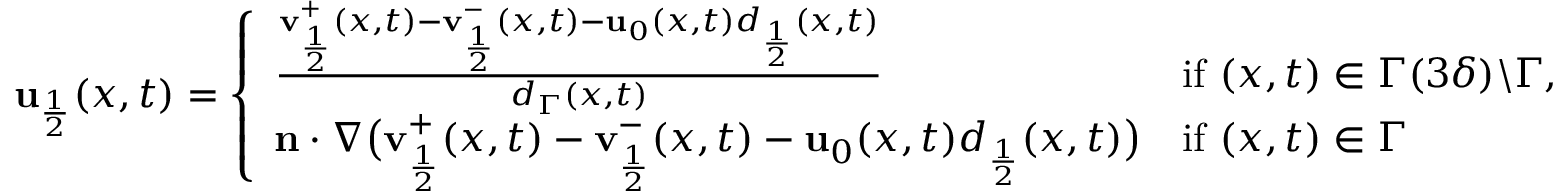
\begin{array} { r } { \mathbf { u } _ { \frac { 1 } { 2 } } ( x , t ) = \left\{ \begin{array} { l l } { \frac { \mathbf { v } _ { \frac { 1 } { 2 } } ^ { + } ( x , t ) - \mathbf { v } _ { \frac { 1 } { 2 } } ^ { - } ( x , t ) - \mathbf { u } _ { 0 } ( x , t ) d _ { \frac { 1 } { 2 } } ( x , t ) } { d _ { \Gamma } ( x , t ) } } & { \mathrm { i f ~ } ( x , t ) \in \Gamma ( 3 \delta ) \backslash \Gamma , } \\ { \mathbf { n } \cdot \nabla \big ( \mathbf { v } _ { \frac { 1 } { 2 } } ^ { + } ( x , t ) - \mathbf { v } _ { \frac { 1 } { 2 } } ^ { - } ( x , t ) - \mathbf { u } _ { 0 } ( x , t ) d _ { \frac { 1 } { 2 } } ( x , t ) \big ) } & { \mathrm { i f ~ } ( x , t ) \in \Gamma } \end{array} \right. } \end{array}